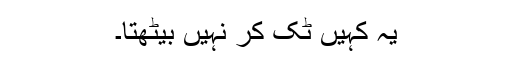
یہ کہیں ٹِک کر نہیں بیٹھتا۔